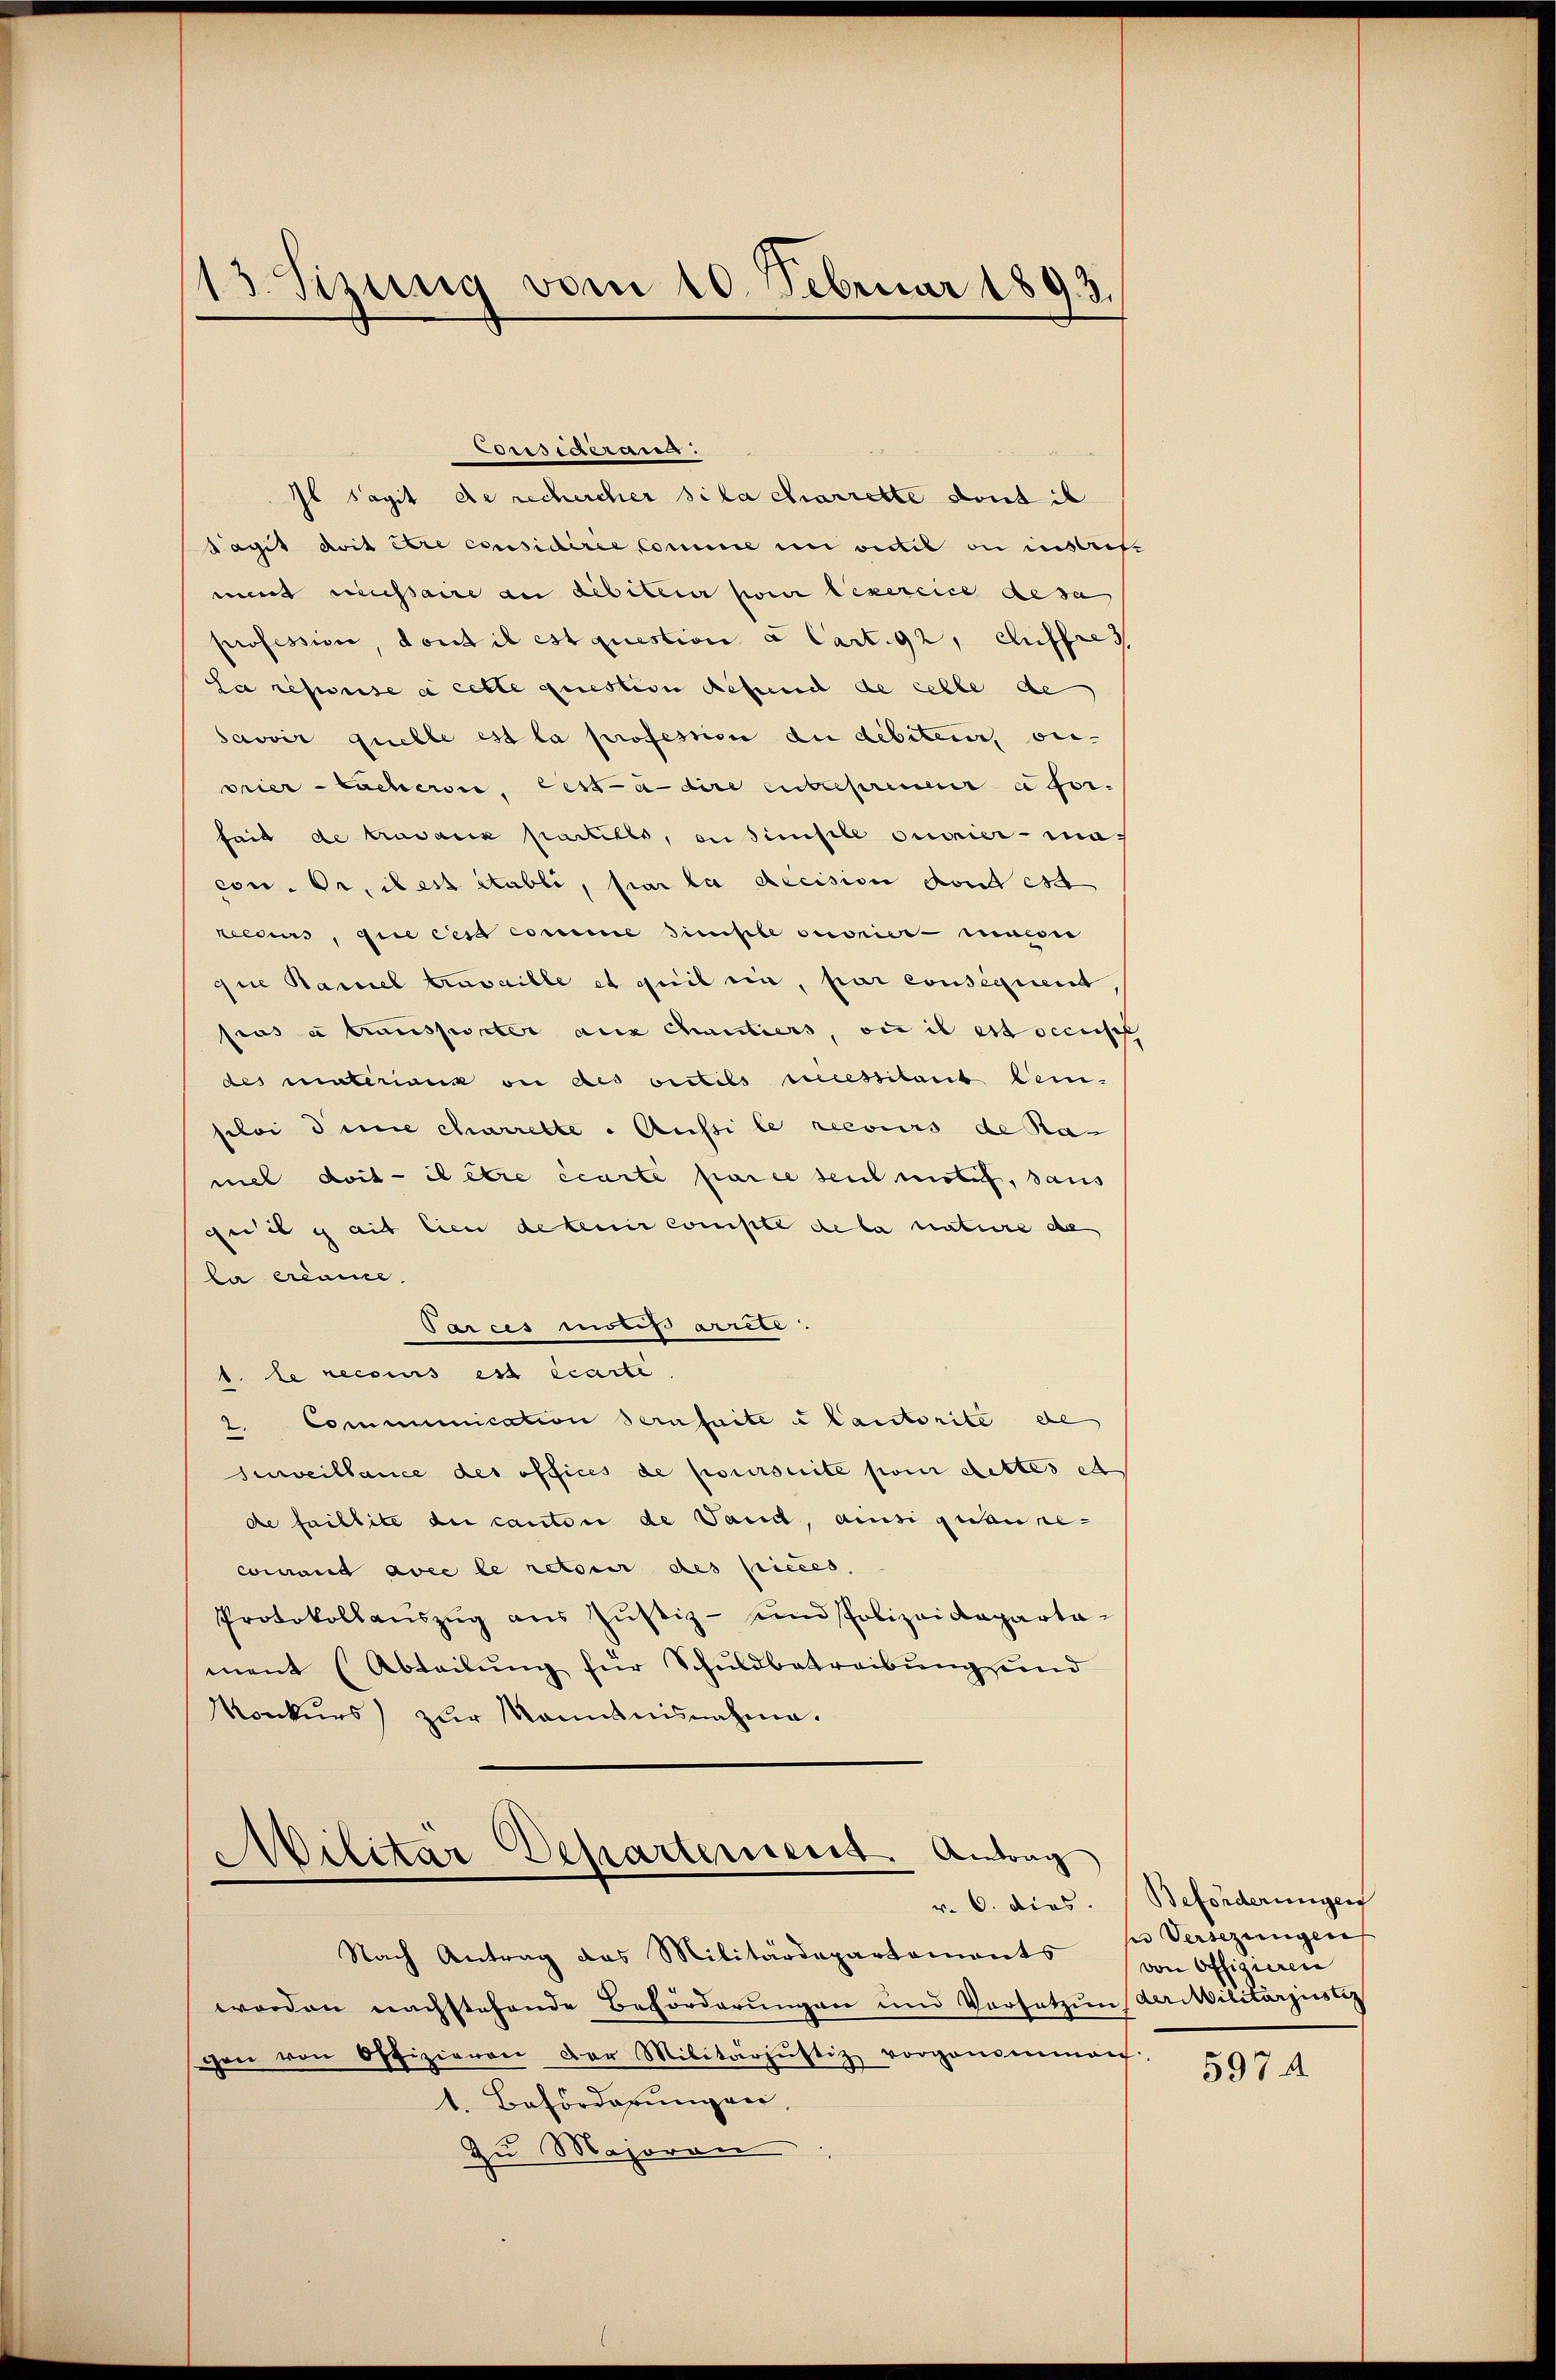
13. Sitzung vom 10. Februar 1893.

Consigerum:
Sagit doit être considérée Comme in vitil an instritt
mint missaire an debiteur pour lexercice desa
profession, dont il est question a Cart. 92, chiffres
sa reprise à cette question defunct de celle de
savoir quelle est la profession du débiteur, on-
orier-Bacheroi, ces a-dire entspreneur a for
fait de travaux partillo, en simple ouvrier - ma-
con. Dr. des Stabli, par la decision dont est
tecurs, que ces comme simple oecorier muese
quie Ramel travaille et quil ein, par consequent
pros a transporter aus chantiers, ou il est occus
des materian ou des victils recessitarb beisloi deine charrette . Aussi le recours de Ra-
nel doit - il être écarte parce seul motif, saus
geiib ich ait lien de teur compte de la nature de
la erinne.
Parces motis arrete.
1. le recours est écarte
2. Communication dernfaite u Cantorite de
Zurveillance des offices de poursuite pom dettes et
de faillite de canton de Vaud, ansigeunecomant avec le retour des pieces,
Protokollauszug aus Justiz- und Polizeideparta-
ment (Abteilŭng für Schuldbetreibung und
Konkŭrs) zŭr Kenntnisnahme.

Il sagit de rechercher sila charrette dont ih

Militar Departement. Antrag
v. 6. dies.

Nach Antrag das Militärdepartaments
worden nachstehende Beförderungen und Vorsatzung der Militarjustiz
chon von Offizieren der Militärzŭstiz vorgenommen.
1. Beförderungen,
Zu Majoron

Beforderungen
ser Versezungen
von Offizieren

5974